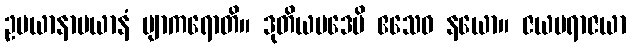
ဥပယာနာပယာနံ ဗျာကရောတိ။ ဒုတိယပဒေပိ ဧသေဝ နယော။ ဇယပရာဇယာ